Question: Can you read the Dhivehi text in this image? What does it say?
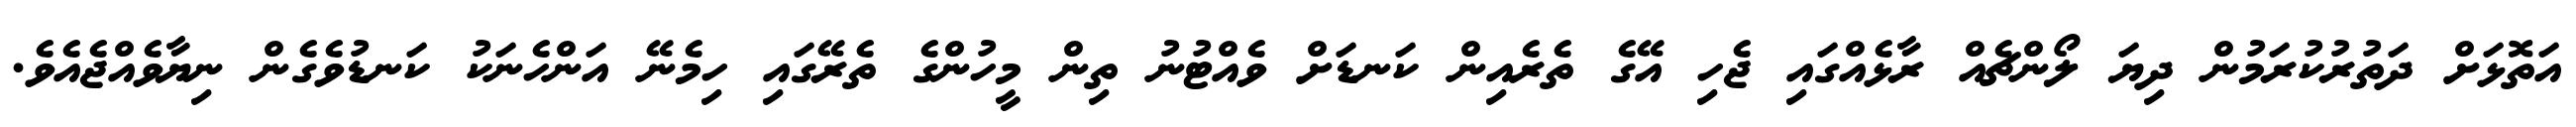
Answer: އަތޮޅަށް ދަތުރުކުރަމުން ދިޔަ ލޯންޗެއް ރާޅެއްގައި ޖެހި އޭގެ ތެރެއިން ކަނޑަށް ވެއްޓުނު ތިން މީހުންގެ ތެރޭގައި ހިމެނޭ އަންހެނަކު ކަނޑުވެގެން ނިޔާވެއްޖެއެވެ.